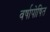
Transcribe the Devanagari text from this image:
वर्षापोषित